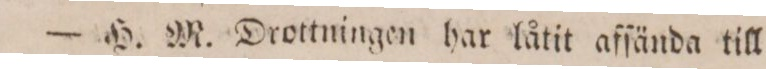
— H. M. Drottningen har låtit afſända till